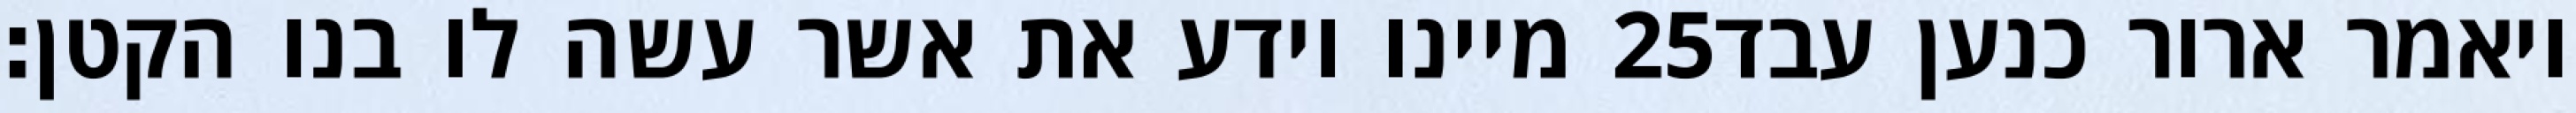
מיינו וידע את אשר עשה לו בנו הקטן׃ ‎25‏ ויאמר ארור כנען עבד